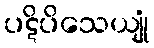
ပဋိပိသေယျုံ